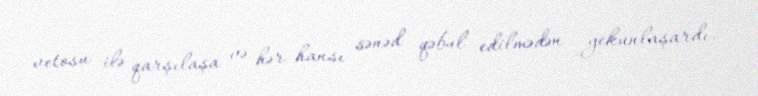
vetosu ilə qarşılaşa və hər hansı sənəd qəbul edilmədən yekunlaşardı.